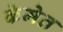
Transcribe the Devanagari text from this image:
केमेत